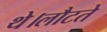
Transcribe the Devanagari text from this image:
थे।लौटते